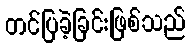
တင်ပြခဲ့ခြင်းဖြစ်သည်